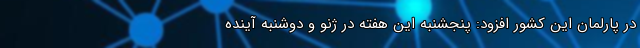
در پارلمان این کشور افزود: پنجشنبه این هفته در ژنو و دوشنبه آینده